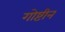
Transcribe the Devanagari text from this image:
गोष्टीन